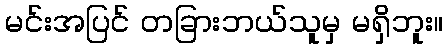
မင်းအပြင် တခြားဘယ်သူမှ မရှိဘူး။